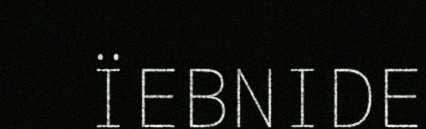
ÏEBNIDE